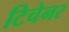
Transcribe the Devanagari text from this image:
टिचेनर